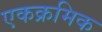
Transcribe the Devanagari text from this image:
एकक्रमिक